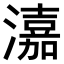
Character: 𤀺